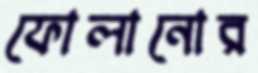
ফোলানোর